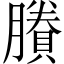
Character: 賸